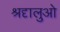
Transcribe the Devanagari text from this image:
श्रदृालुओ